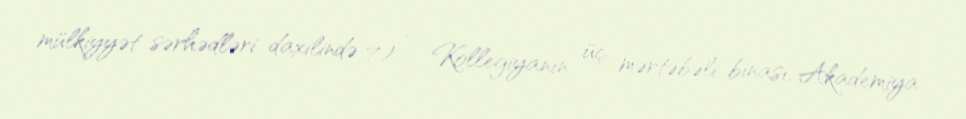
mülkiyyət sərhədləri daxilində 7) — Kollegiyanın üç mərtəbəli binası, Akademiya